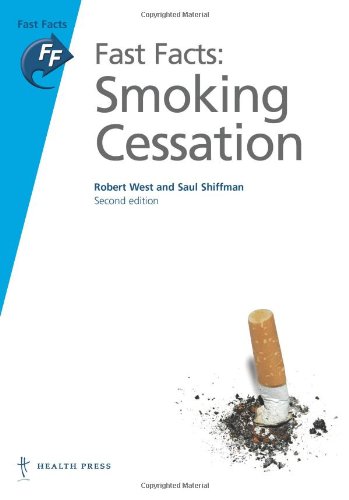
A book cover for Fast Facts: Smoking Cessation; Robert West; Health, Fitness & Dieting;